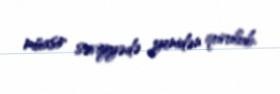
müasir səviyyədə yenidən qurulub.